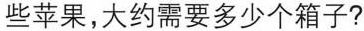
些苹果，大约需要多少个箱子?